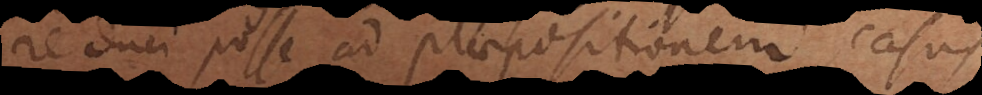
reduci posse ad praepositionem, casus